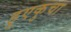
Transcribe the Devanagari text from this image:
हुएकुचा